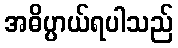
အဓိပ္ပာယ်ရပါသည်